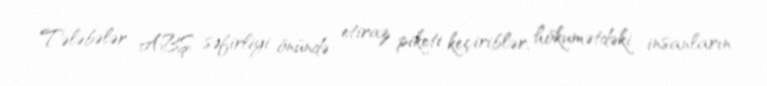
Tələbələr ABŞ səfirliyi önündə etiraz piketi keçiriblər, hökumətdəki insanların